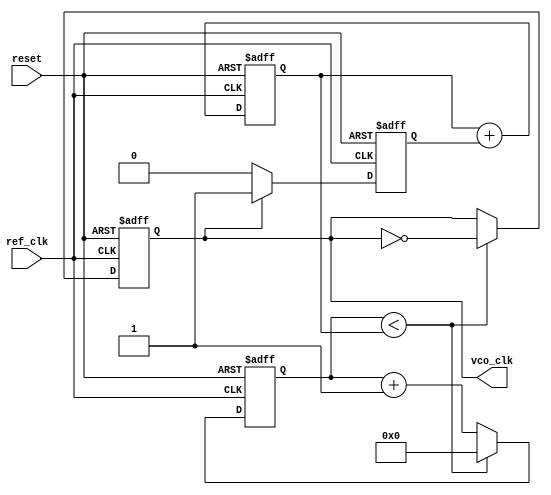
module MemoryBlocksAnalogPLL (
    input wire ref_clk,            // Reference clock input
    input wire reset,              // Reset signal
    output reg vco_clk             // VCO output clock signal
);

// Phase Detector
reg phase_error;                  // Phase error signal

always @(posedge ref_clk or posedge reset) begin
    if (reset) begin
        phase_error <= 0;
    end else begin
        // Simple phase detection logic (for illustration)
        // In practice, this should be a more sophisticated phase detector
        phase_error <= (vco_clk) ? 1 : 0; // Example comparison
    end
end

// Loop Filter
reg [7:0] control_voltage;        // Control voltage from loop filter

always @(posedge ref_clk or posedge reset) begin
    if (reset) begin
        control_voltage <= 8'd0;   // Reset control voltage
    end else begin
        // Simple low-pass filter logic (for illustration)
        control_voltage <= control_voltage + phase_error; // Example filtering
    end
end

// Voltage-Controlled Oscillator (VCO)
reg [7:0] vco_counter;            // VCO counter for clock generation

always @(posedge ref_clk or posedge reset) begin
    if (reset) begin
        vco_counter <= 8'd0;        // Reset VCO counter
        vco_clk <= 0;               // Reset VCO clock
    end else begin
        // VCO frequency controlled by the control voltage
        if (vco_counter < control_voltage) begin
            vco_clk <= ~vco_clk;    // Toggle VCO clock
            vco_counter <= 8'd0;    // Reset counter
        end else begin
            vco_counter <= vco_counter + 1; // Increment counter
        end
    end
end

// Frequency Divider
reg [3:0] divider_counter;        // Frequency divider counter
reg feedback_clk;                 // Feedback clock signal

always @(posedge vco_clk or posedge reset) begin
    if (reset) begin
        divider_counter <= 4'd0;    // Reset divider counter
        feedback_clk <= 0;           // Reset feedback clock
    end else begin
        divider_counter <= divider_counter + 1;
        if (divider_counter == 4'd3) begin // Divide by 4 for example
            feedback_clk <= ~feedback_clk; // Toggle feedback clock
            divider_counter <= 4'd0;  // Reset divider counter
        end
    end
end

// Control Logic (for PLL operation)
always @(posedge ref_clk or posedge reset) begin
    if (reset) begin
        // Initialize control logic
    end else begin
        // Implement adaptive algorithms or other control logic here
        // This can include calibration, fault detection, etc.
    end
end

endmodule